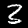
Digit: 3